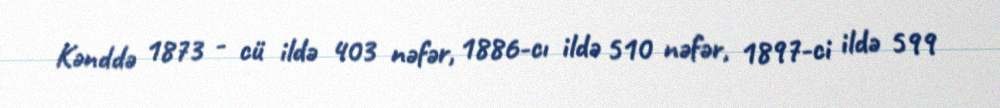
Kənddə 1873 - cü ildə 403 nəfər, 1886-cı ildə 510 nəfər, 1897-ci ildə 599